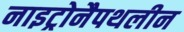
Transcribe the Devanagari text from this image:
नाइट्रोनैपथलीन